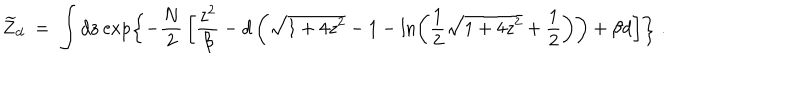
LaTeX: \widetilde { Z } _ { d } \; = \; \int d { \bf z } \exp \left\{ - { \frac { N } { 2 } } \left[ { \frac { z ^ { 2 } } { \beta } } - d \left( \sqrt { 1 + 4 z ^ { 2 } } - 1 - \ln \left( { \frac { 1 } { 2 } } \sqrt { 1 + 4 z ^ { 2 } } + { \frac { 1 } { 2 } } \right) \right) + \beta d \right] \right\} \; .